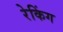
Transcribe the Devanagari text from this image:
रेकिंग